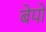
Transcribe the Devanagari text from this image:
बेपो